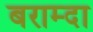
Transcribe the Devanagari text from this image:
बराम्दा